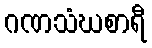
ဂဏသံဃစာရီ